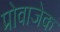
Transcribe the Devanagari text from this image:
प्रोवाजेक